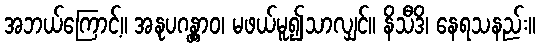
အဘယ်ကြောင့်။ အနုပဂန္တွာဝ၊ မဖယ်မူ၍သာလျှင်။ နိသီဒိ၊ နေရသနည်း။